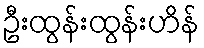
ဦးထွန်းထွန်းဟိန်